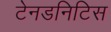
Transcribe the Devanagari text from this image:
टेनडनिटिस